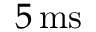
5 \, \mathrm { { m s } }